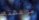
موافقته